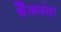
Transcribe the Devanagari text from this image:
वैंजयंता